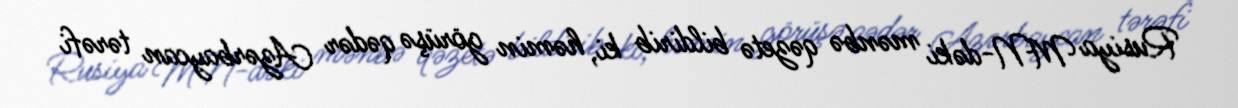
Rusiya MN-dəki mənbə qəzetə bildirib ki, həmin görüşə qədər Azərbaycan tərəfi